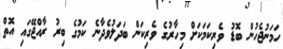
ހަމަނުޖެހުން ބޮޑު ވެރިކަމަކަށް މިހާރުގެ ވެރިކަން ބަދަލުވެދާނެ ކަމުގެ ބިރު ރާއްޖޭގައި އޮތް